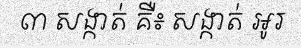
៣ សង្កាត់ គឺ៖ សង្កាត់ អូរ